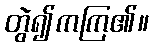
တွဲ၍ကကြ၏။